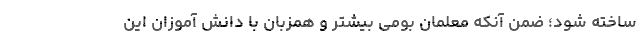
ساخته شود؛ ضمن آنکه معلمان بومی بیشتر و همزبان با دانش آموزان این